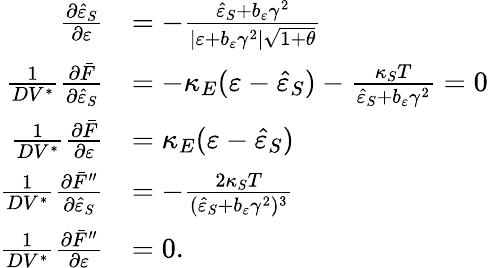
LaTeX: \begin{array}{rl}{\frac{\partial\hat{\varepsilon}_{S}}{\partial\varepsilon}}&{=-\frac{\hat{\varepsilon}_{S}+b_{\varepsilon}\gamma^{2}}{\left\vert\varepsilon+b_{\varepsilon}\gamma^{2}\right\vert\sqrt{1+\theta}}}\\ {\frac{1}{DV^{\ast}}\frac{\partial\bar{F}}{\partial\hat{\varepsilon}_{S}}}&{=-\kappa_{E}(\varepsilon-\hat{\varepsilon}_{S})-\frac{\kappa_{S}T}{\hat{\varepsilon}_{S}+b_{\varepsilon}\gamma^{2}}=0}\\ {\frac{1}{DV^{\ast}}\frac{\partial\bar{F}}{\partial\varepsilon}}&{=\kappa_{E}(\varepsilon-\hat{\varepsilon}_{S})}\\ {\frac{1}{DV^{\ast}}\frac{\partial\bar{F}^{\prime\prime}}{\partial\hat{\varepsilon}_{S}}}&{=-\frac{2\kappa_{S}T}{(\hat{\varepsilon}_{S}+b_{\varepsilon}\gamma^{2})^{3}}}\\ {\frac{1}{DV^{\ast}}\frac{\partial\bar{F}^{\prime\prime}}{\partial\varepsilon}}&{=0.}\end{array}